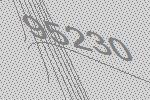
95230